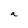
Character: a